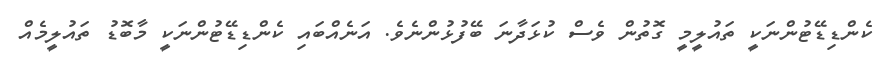
ކެންޑިޑޭޓުންނަކީ ތައުލީމީ ގޮތުން ވެސް ކުޅަދާނަ ބޭފުޅުންނެވެ. އަނެއްބައި ކެންޑިޑޭޓުންނަކީ މާބޮޑު ތައުލީމެއް